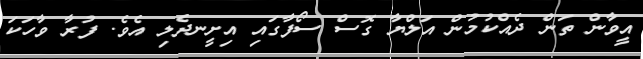
އީވާން ތަން ދެއްކުމުން އަލްޔާ ގޮސް ސޯފާގައި އިށީނދެލި އެވެ. ފުރާ ވާހަކަ